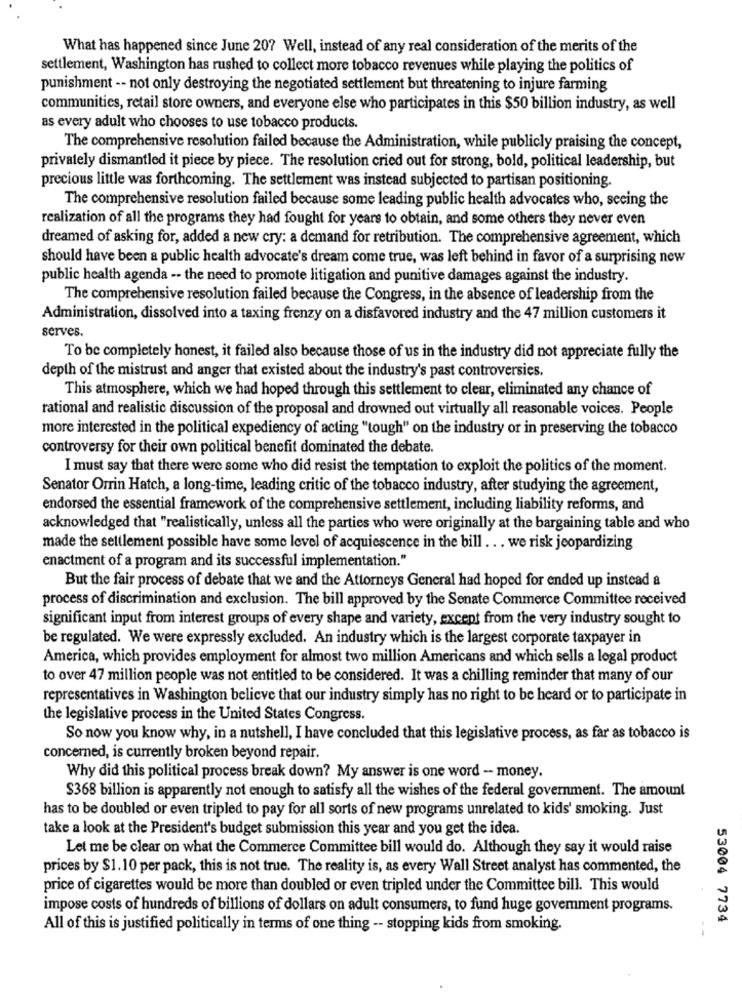
What has happened since June 20? Well, instead of any real consideration of the merits of the
settlement, Washington has rushed to collect more tobacco revenues while playing the politics of
punishment -- not only destroying the negotiated settlement but threatening to injure farming
communities, retail store owners, and everyone else who participates in this $50 billion industry, as well
as every adult who chooses to use tobacco products.
The comprehensive resolution failed because the Administration, while publicly praising the concept,
privately dismantled it piece by piece. The resolution cried out for strong, bold, political leadership, but
precious little was forthcoming. The settlement was instead subjected to partisan positioning.
The comprehensive resolution failed because some leading public health advocates who, seeing the
realization of all the programs they had fought for years to obtain, and some others they never even
dreamed of asking for, added a new cry: a demand for retribution. The comprehensive agreement, which
should have been a public health advocate's dream come true, was left behind in favor of a surprising new
public health agenda -- the need to promote litigation and punitive damages against the industry.
The comprehensive resolution failed because the Congress, in the absence of leadership from the
Administration, dissolved into a taxing frenzy on a disfavored industry and the 47 million customers it
serves.
To be completely honest, it failed also because those of us in the industry did not appreciate fully the
depth of the mistrust and anger that existed about the industry's past controversies.
This atmosphere, which we had hoped through this settlement to clear, eliminated any chance of
rational and realistic discussion of the proposal and drowned out virtually all reasonable voices. People
more interested in the political expediency of acting "tough" on the industry or in preserving the tobacco
controversy for their own political benefit dominated the debate.
I must say that there were some who did resist the temptation to exploit the politics of the moment.
Senator Orrin Hatch, a long-time, leading critic of the tobacco industry, after studying the agreement,
endorsed the essential framework of the comprehensive settlement, including liability reforms, and
acknowledged that "realistically, unless all the parties who were originally at the bargaining table and who
made the settlement possible have some level of acquiescence in the bill . . . we risk jeopardizing
enactment of a program and its successful implementation."
But the fair process of debate that we and the Attorneys General had hoped for ended up instead a
process of discrimination and exclusion. The bill approved by the Senate Commerce Committee received
significant input from interest groups of every shape and variety, except from the very industry sought to
be regulated. We were expressly excluded. An industry which is the largest corporate taxpayer in
America, which provides employment for almost two million Americans and which sells a logal product
to over 47 million people was not entitled to be considered. It was a chilling reminder that many of our
representatives in Washington believe that our industry simply has no right to be heard or to participate in
the legislative process in the United States Congress.
So now you know why, in a nutshell, I have concluded that this legislative process, as far as tobacco is
concerned, is currently broken beyond repair.
Why did this political process break down? My answer is one word - money.
$368 billion is apparently not enough to satisfy all the wishes of the federal government. The amount
has to be doubled or even tripled to pay for all sorts of new programs unrelated to kids' smoking. Just
take a look at the President's budget submission this year and you get the idea.
Let me be clear on what the Commerce Committee bill would do. Although they say it would raise
prices by $1.10 per pack, this is not true. The reality is, as every Wall Street analyst has commented, the
price of cigarettes would be more than doubled or even tripled under the Committee bill. This would
impose costs of hundreds of billions of dollars on adult consumers, to fund huge govemment programs.
53004 7734
All of this is justified politically in terms of one thing -- stopping kids from smoking.